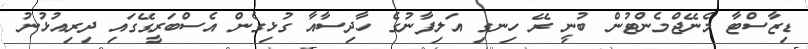
ޑިޒާސްޓާ މެނޭޖްމެންޓުން ބުނީ ރޭ ހިނގި އަލިފާނުގެ ހާދިސާއާ ގުޅިގެން އެސްބަރީގޭގައި ދިރިއުޅުނު